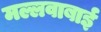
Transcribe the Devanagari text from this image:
मल्लवाबाई